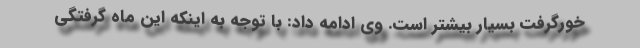
خورگرفت بسیار بیشتر است. وی ادامه داد: با توجه به اینکه این ماه گرفتگی